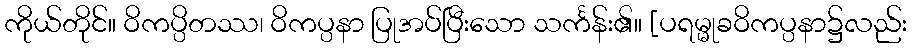
ကိုယ်တိုင်။ ဝိကပ္ပိတဿ၊ ဝိကပ္ပနာ ပြုအပ်ပြီးသော သင်္ကန်း၏။ [ပရမ္မုခဝိကပ္ပနာ၌လည်း